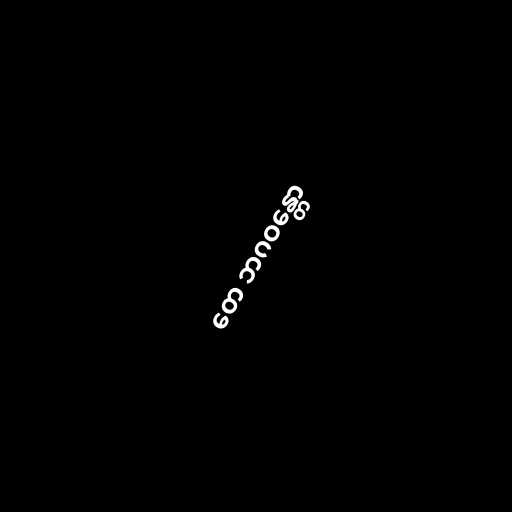
တေ ဘဂဝန္တော